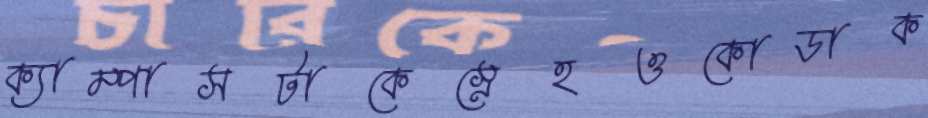
ক্যাম্পাসটাকেস্নেহওকোডাক